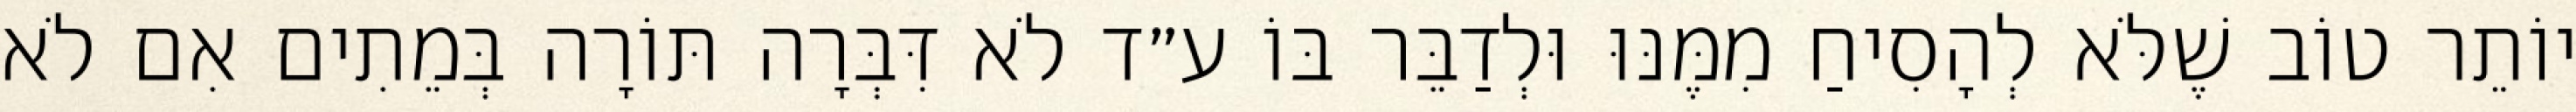
יוֹתֵר טוֹב שֶׁלֹּא לְהָסִיחַ מִמֶּנּוּ וּלְדַבֵּר בּוֹ ע״ד לֹא דִּבְּרָה תּוֹרָה בְּמֵתִים אִם לֹא